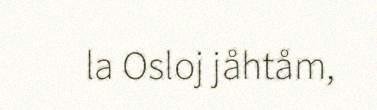
la Osloj jåhtåm,